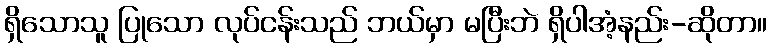
ရှိသောသူ ပြုသော လုပ်ငန်းသည် ဘယ်မှာ မပြီးဘဲ ရှိပါအံ့နည်း-ဆိုတာ။